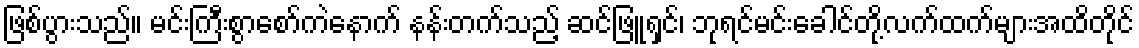
ဖြစ်ပွားသည်။ မင်းကြီးစွာစော်ကဲနောက် နန်းတက်သည့် ဆင်ဖြူရှင်၊ ဘုရင်မင်းခေါင်တို့လက်ထက်များအထိတိုင်